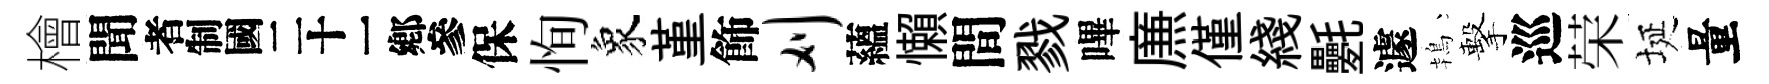
檜聞识保恂象堇飾刈蘊懶間戮嗶㢘僅綫氎遽鴇擊巡荣埏量